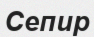
Сепир